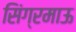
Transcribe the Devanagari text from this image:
सिंग्रमाऊ